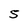
Character: S